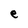
Character: e